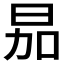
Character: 𪰘